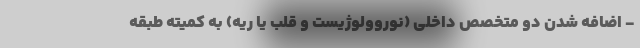
- اضافه شدن دو متخصص داخلی (نوروولوژیست و قلب یا ریه) به کمیته طبقه